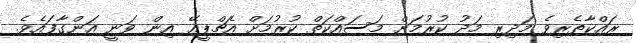
ރައްކާތެރިވެ މަދިރި މަދު ކުރުމަށް މަސައްކަތް ކުރުމަށް އެޗްޕީއޭ އިން ވަނީ އަންގާފައެެވެ.